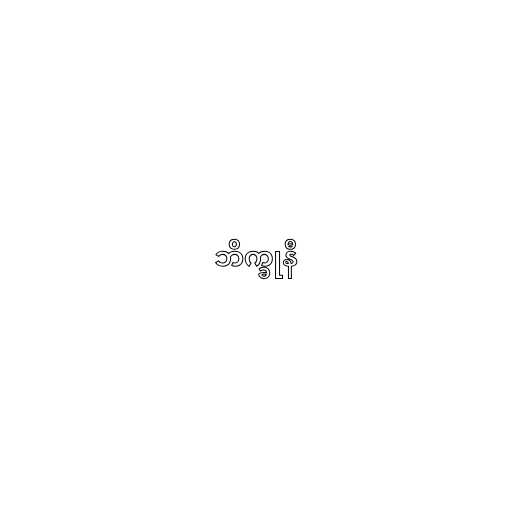
ဘိက္ခုနီ